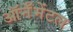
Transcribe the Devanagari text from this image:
ऑर्नॅमेंटल